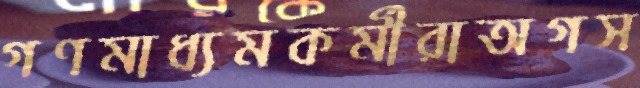
গণমাধ্যমকর্মীরাঅগস